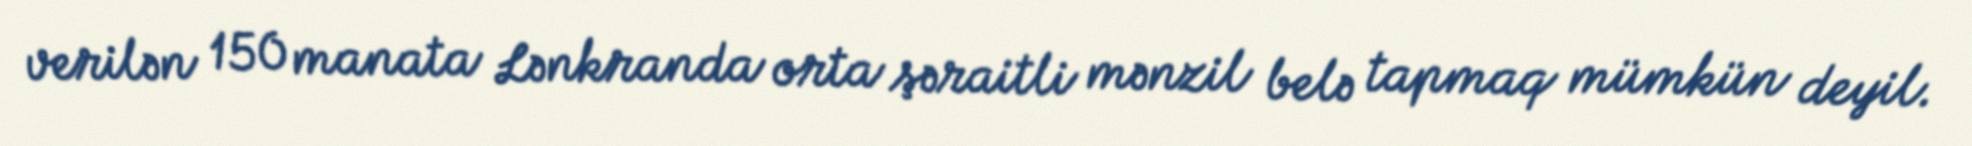
verilən 150 manata Lənkranda orta şəraitli mənzil belə tapmaq mümkün deyil.